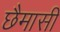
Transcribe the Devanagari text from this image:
छैमासी